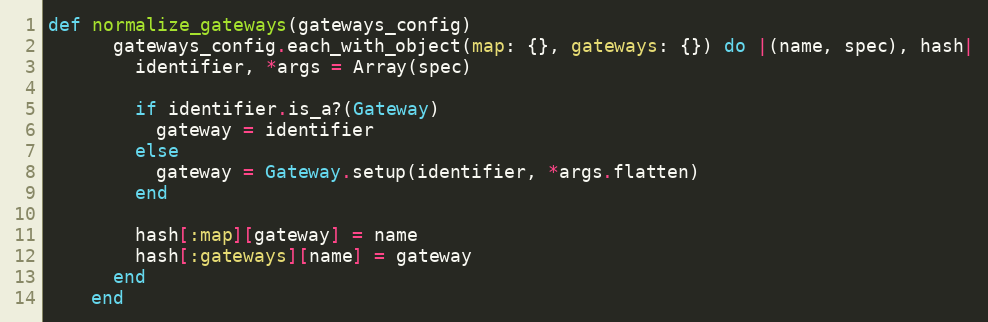
Language: Ruby
def normalize_gateways(gateways_config)
      gateways_config.each_with_object(map: {}, gateways: {}) do |(name, spec), hash|
        identifier, *args = Array(spec)

        if identifier.is_a?(Gateway)
          gateway = identifier
        else
          gateway = Gateway.setup(identifier, *args.flatten)
        end

        hash[:map][gateway] = name
        hash[:gateways][name] = gateway
      end
    end